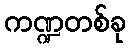
ကဏ္ဍတစ်ခု